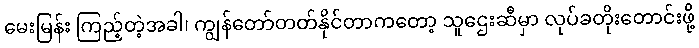
မေးမြန်း ကြည့်တဲ့အခါ၊ ကျွန်တော်တတ်နိုင်တာကတော့ သူဌေးဆီမှာ လုပ်ခတိုးတောင်းဖို့